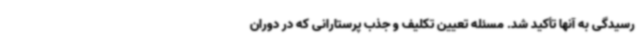
رسیدگی به آنها تأکید شد. مسئله تعیین تکلیف و جذب پرستارانی که در دوران